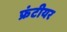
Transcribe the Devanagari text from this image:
फ्रंटीयर